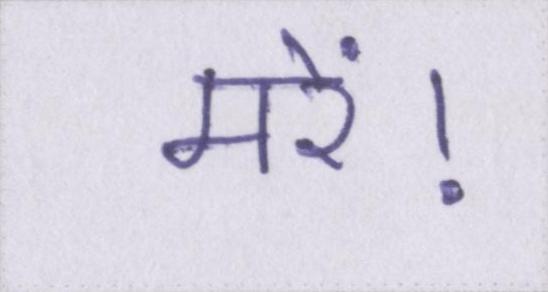
मरें।